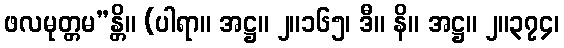
ဖလမုတ္တမ”န္တိ။ (ပါရာ။ အဋ္ဌ။ ၂။၁၆၅၊ ဒီ။ နိ။ အဋ္ဌ။ ၂။၃၇၄၊